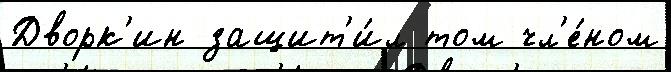
Дворк'ин защит'и́л том чл'е́ном